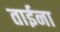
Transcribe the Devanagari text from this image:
ताईना